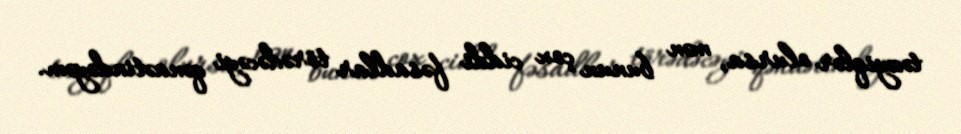
təzyiqlər olursa, mən bunun çox ciddi fəsadlar törədəcəyi qənaətindəyəm.